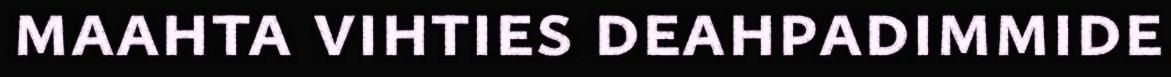
maahta vihties deahpadimmide